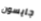
جايسون